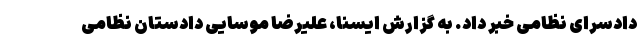
دادسرای نظامی خبر داد. به گزارش ایسنا، علیرضا موسایی دادستان نظامی